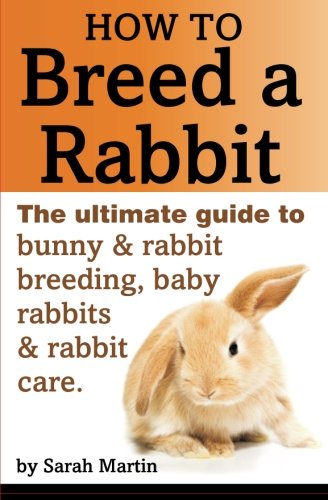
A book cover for How to Breed a Rabbit: The Ultimate Guide to Bunny and Rabbit Breeding, Baby Rabbits and Rabbit Care; Sarah Martin; Crafts, Hobbies & Home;